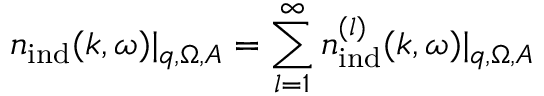
{ n } _ { \mathrm { i n d } } ( \boldsymbol { k } , \omega ) | _ { \boldsymbol { q } , \Omega , A } = \sum _ { l = 1 } ^ { \infty } { n } _ { \mathrm { i n d } } ^ { ( l ) } ( \boldsymbol { k } , \omega ) | _ { \boldsymbol { q } , \Omega , A }